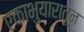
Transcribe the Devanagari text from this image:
एकाभुयारातून